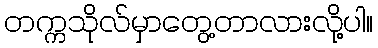
တက္ကသိုလ်မှာတွေ့တာလားလို့ပါ။